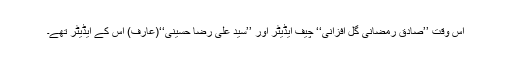
اس وقت ’’صادق رمضانی گل افزانی‘‘ چیف ایڈیٹر اور ’’سید علی رضا حسینی‘‘(عارف) اس کے ایڈیٹر تھے۔